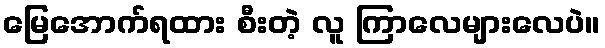
မြေအောက်ရထား စီးတဲ့ လူ ကြာလေများလေပဲ။